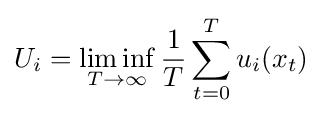
U_{i}=\liminf _{T\to \infty }{\frac {1}{T}}\sum _{t=0}^{T}u_{i}(x_{t})